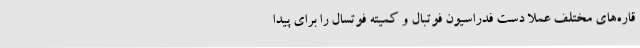
قاره‌های مختلف عملاً دست فدراسیون فوتبال و کمیته فوتسال را برای پیدا